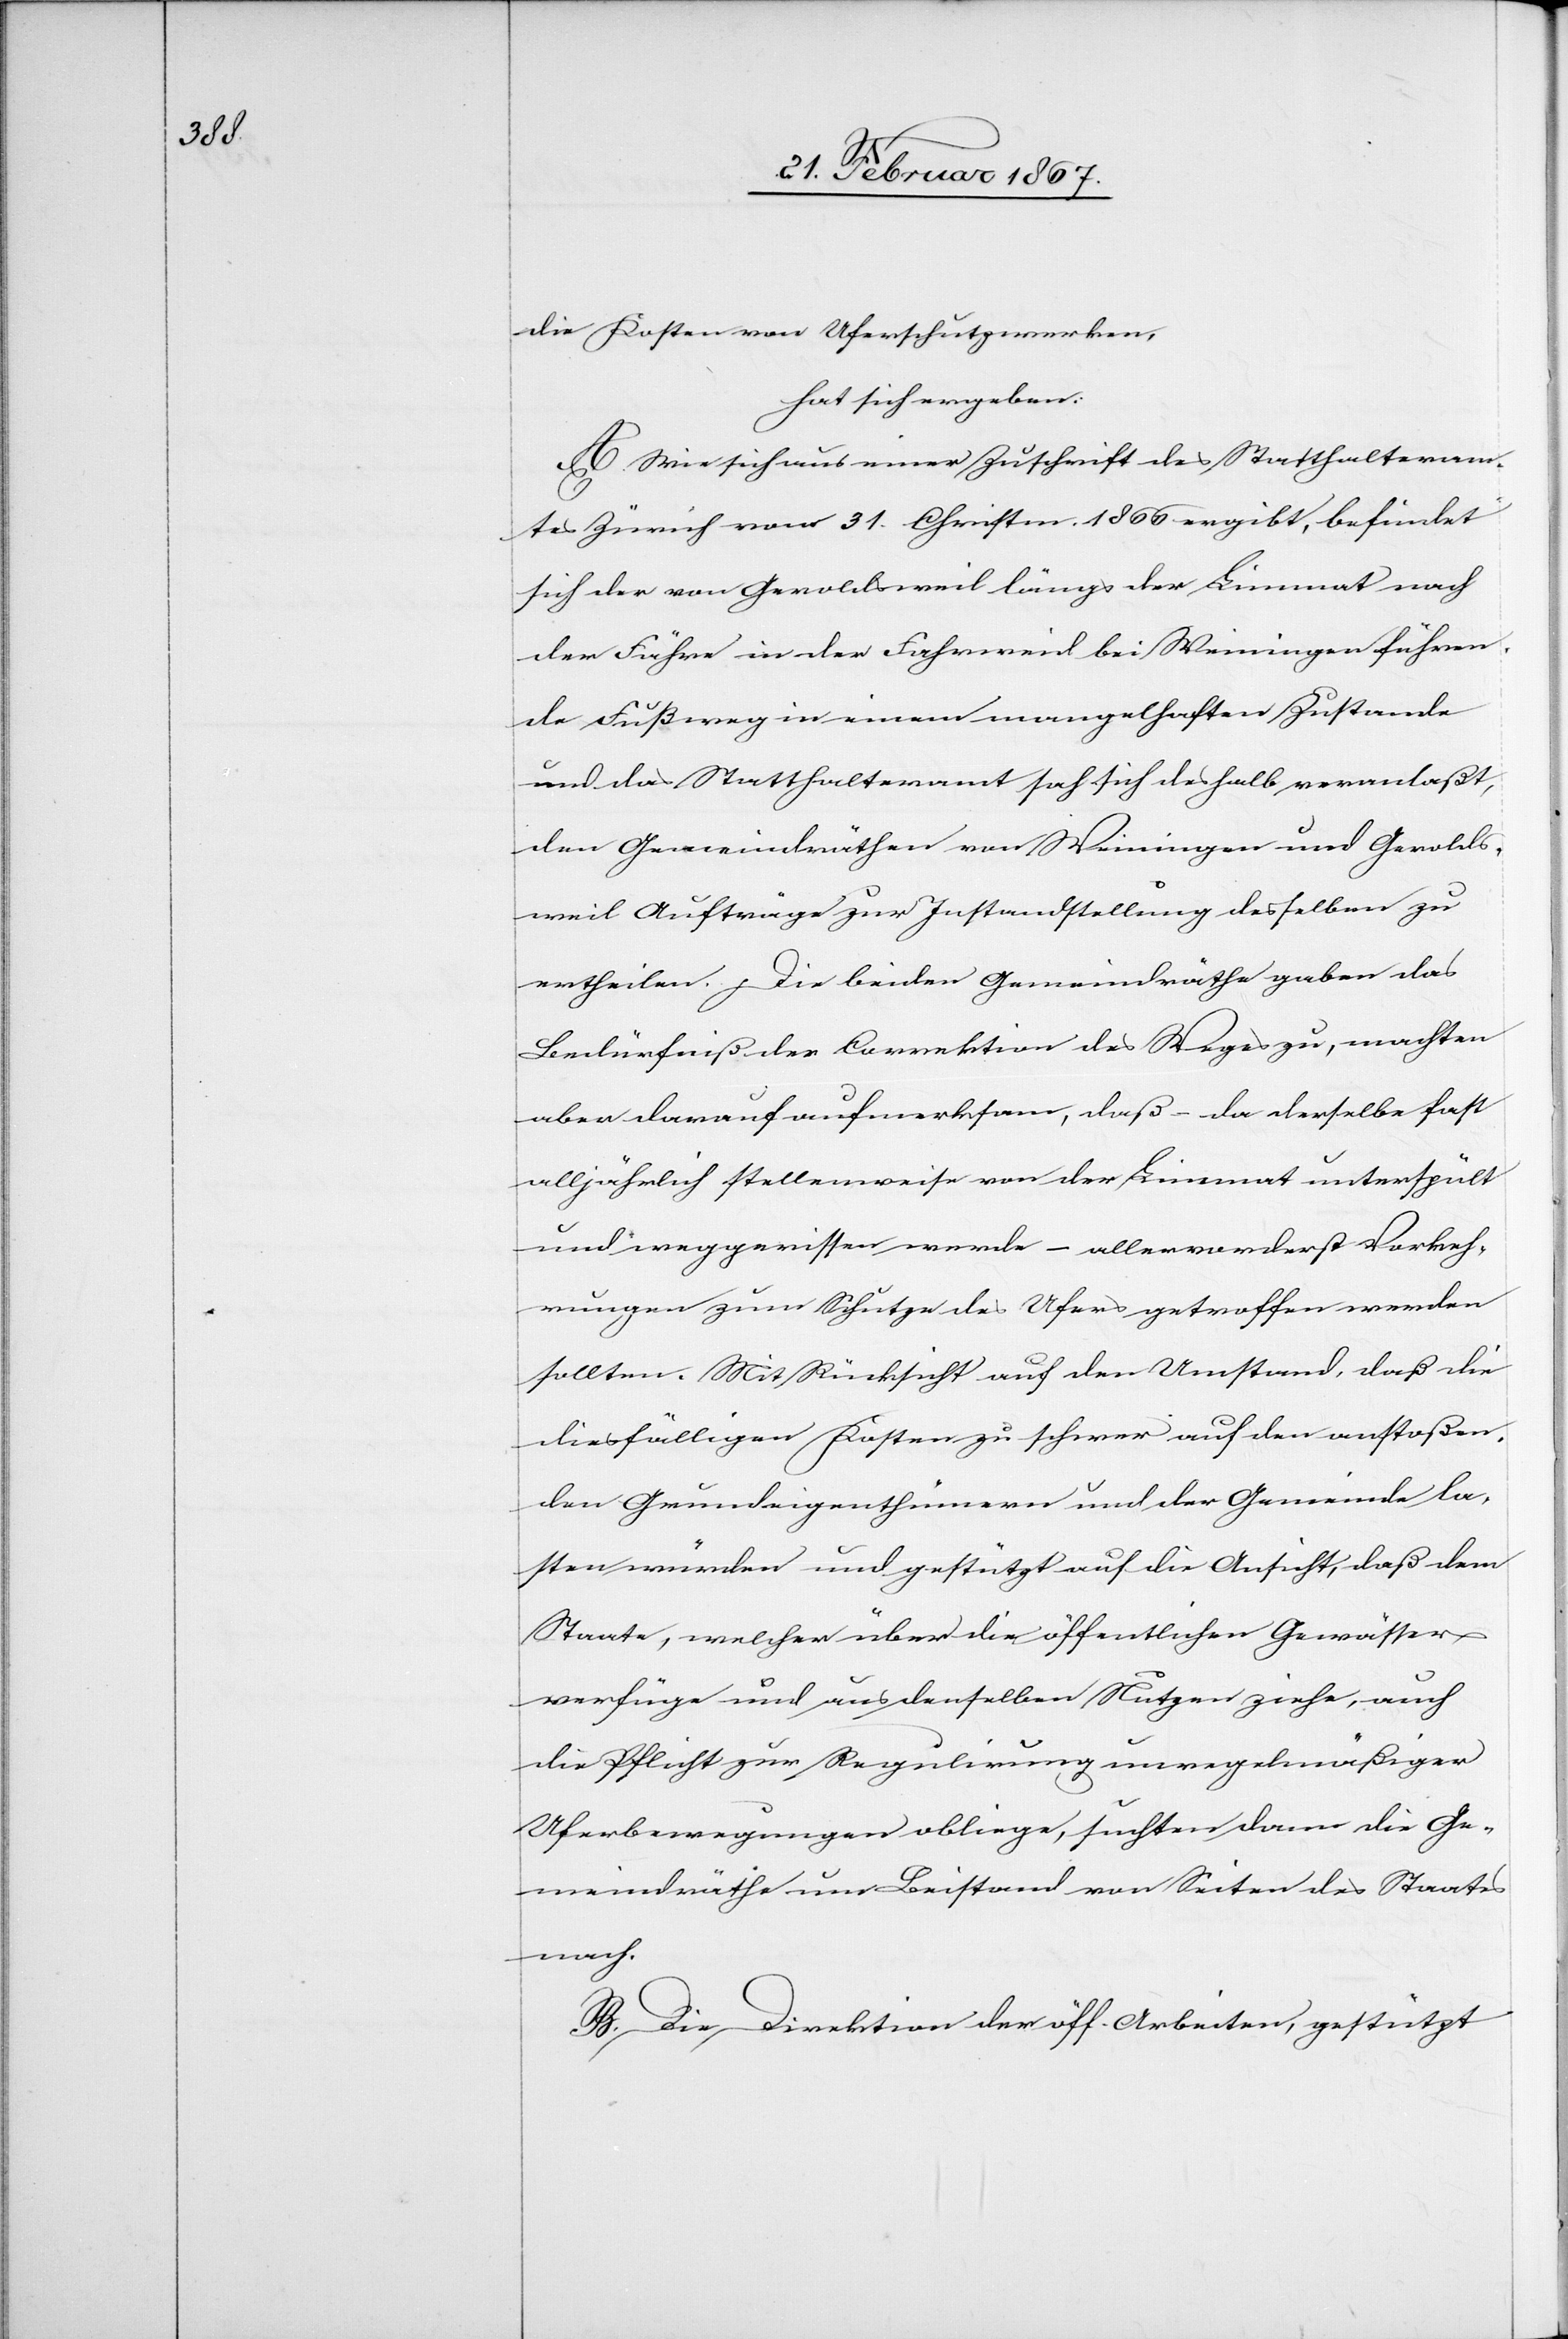
die Kosten von Uferschutzwerken,
hat sich ergeben:
A. Wie sich aus einer Zuschrift des Statthalteram¬
tes Zürich vom 31. Christm. 1866 ergibt, befindet
sich der von Geroldsweil längs der Limmat nach
der Fähre in der Fahrweid bei Weiningen führen¬
de Fußweg in einem mangelhaften Zustande
und das Statthalteramt sah sich deshalb veranlaßt,
den Gemeindräthen von Weiningen und Gerolds¬
weil Aufträge zur Instandstellung desselben zu
ertheilen. Die beiden Gemeindräthe gaben das
Bedürfniß der Correktion des Weges zu, machten
aber darauf aufmerksam, daß – da derselbe fast
alljährlich stellenweise von der Limmat unterspült
und weggerissen werde – allervorderst Vorkeh¬
rungen zum Schutze des Ufers getroffen werden
sollten. Mit Rücksicht auf den Umstand, daß die
diesfälligen Kosten zu schwer auf den anstoßen¬
den Grundeigenthümern und der Gemeinde la¬
sten würden und gestützt auf die Ansicht, daß dem
Staate, welcher über die öffentlichen Gewässer
verfüge und aus denselben Nutzen ziehe, auch
die Pflicht zur Regulierung unregelmäßiger
Uferbewegungen obliege, suchten dann die Ge¬
meindräthe um Beistand von Seiten des Staates
nach.
B. Die Direktion der öff. Arbeiten, gestützt